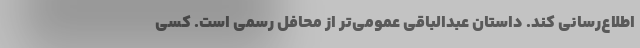
اطلاع‌رسانی کند. داستان عبدالباقی عمومی‌تر از محافل رسمی است. کسی